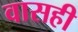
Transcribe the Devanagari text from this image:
वासही